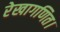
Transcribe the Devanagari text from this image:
रेखागणित।